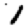
Digit: 1